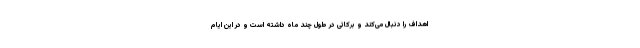
اهداف را دنبال می‌کند و برکاتی در طول چند ماه داشته است و در این ایام